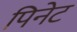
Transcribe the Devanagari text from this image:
पिनेट